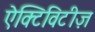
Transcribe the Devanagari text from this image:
ऐक्टिविटीज़